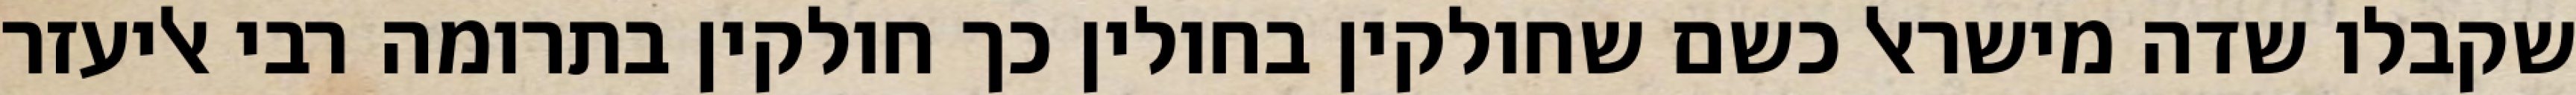
שקבלו שדה מישראל כשם שחולקין בחולין כך חולקין בתרומה רבי אליעזר